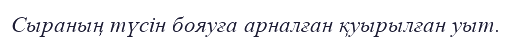
Cыраның түсін бояуға арналған қуырылған уыт.